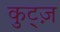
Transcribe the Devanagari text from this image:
कुट्ज़